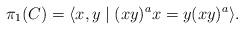
LaTeX: \begin{align*} \pi_1(C) = \langle x,y\mid(xy)^ax=y(xy)^a \rangle.\end{align*}